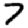
Digit: 7